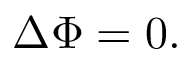
\Delta \Phi = 0 .